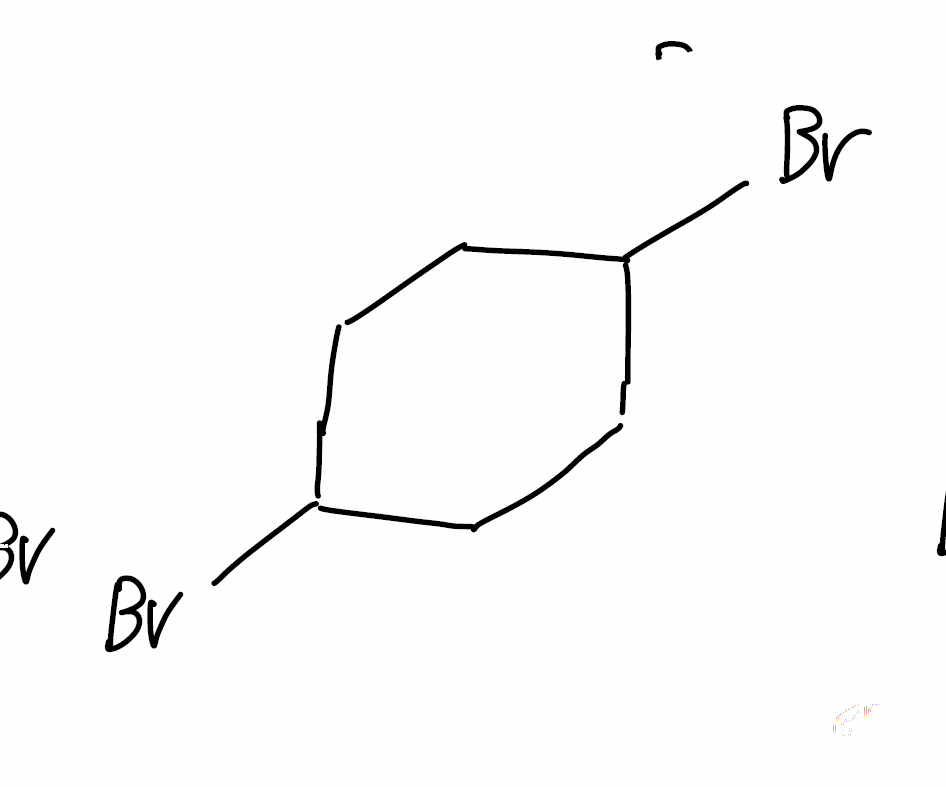
Simplified molecular-input line-entry system (SMILES) notation of the given molecule:
C1CC(CCC1Br)Br